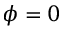
\phi = 0